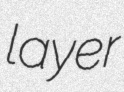
layer